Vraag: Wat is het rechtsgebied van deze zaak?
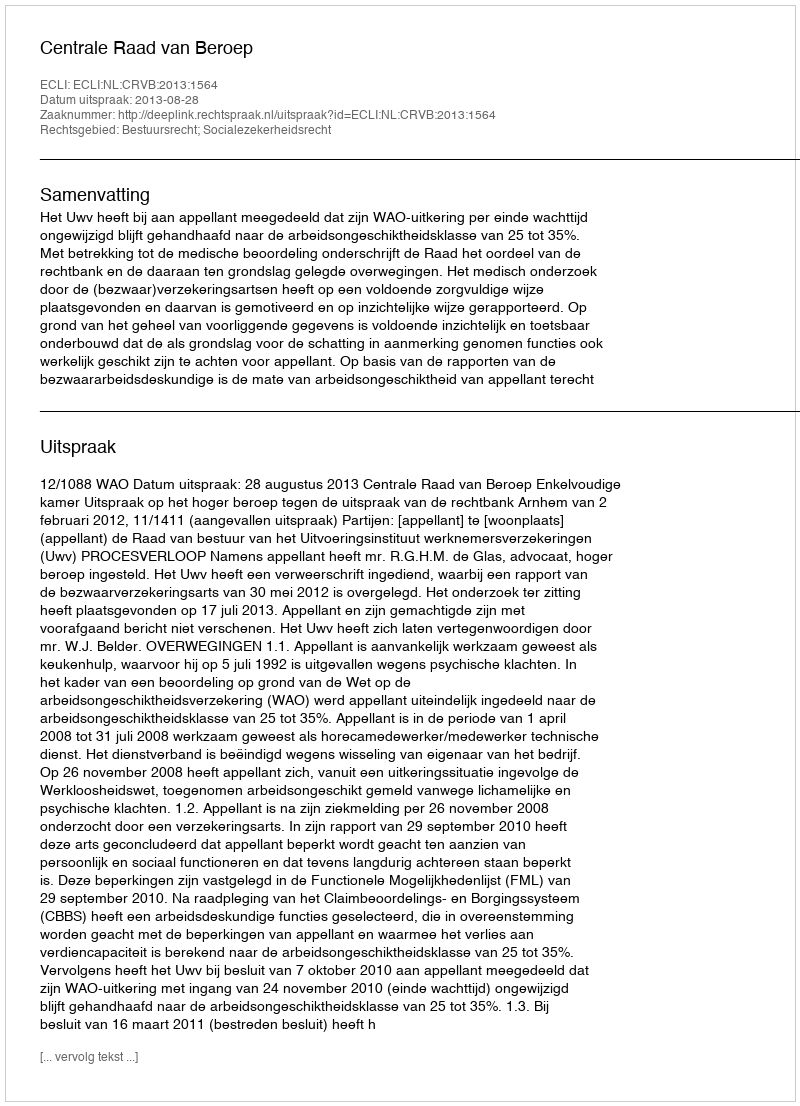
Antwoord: Bestuursrecht; Socialezekerheidsrecht